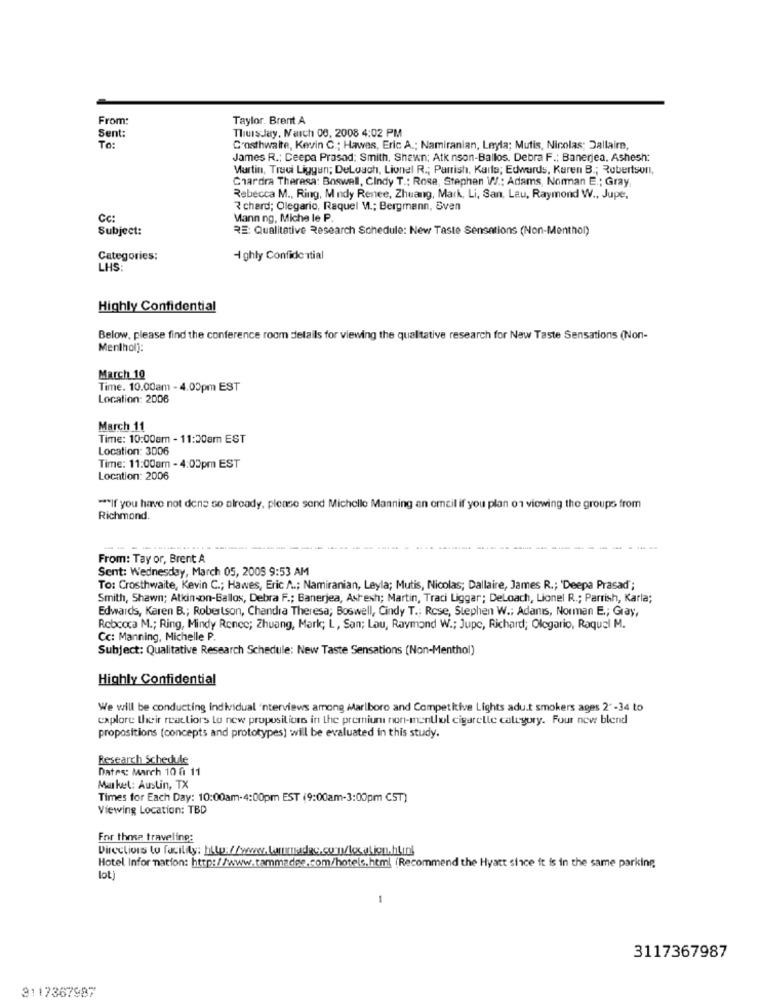
From
Taylor. Brent A
Sent:
Thursday, March 06, 2008 4:02 PM
To:
C'osthwaite, Kevin C .; Hawas, Eric A .; Namiranian, Leyla; Mutis, Nicolas; Dallaire,
James R .: Ceepa Prasad: Smith, Shawn; Atk nson-Ballos. Debra F .; Banerjea. Ashesh:
Martin, Truci Liggen; DeLouch, Lionel R .; Parrish, Karls; Edwards, Karen B .; Robertson,
Chardra Theresa: Boswell, Cindy T .: Rosa, Stephan W .: Adams, Norman E .; Gray,
Rebecca M ., Ring, Mindy Renee, Zhuang, Mark, Li, San, Lau, Raymond W ., Jupe,
₹ chard; Olegario, Raquel V .; Bergmann, Sven
Cc:
Mann ng, Miche le P.
Subject:
RE: Qualitative Research Schedule: New Taste Sensations (Non-Menthol)
Categories:
4 ghly Confidential
LHS:
Highly Confidential
Below, please find the conference room details for viewing the qualitative research for Naw Taste Sensations (Non-
Menthol]:
March 10
Time. 10.00am - 4.00pm EST
Location: 2006
March 11
Time: 10:00am - 11:30am EST
Location: 3006
Time: 11:00am - 4:03pm EST
Location: 2006
*** If you have not dens so already, please send Michelle Manning an omeil if you plan o1 viewing the groups from
Richmond.
From: Tay or, Brent A
Sent: Wednesday, March 05, 2008 9:53 AM
To: Crosthwaite, Kevin C .; Hawes, Eric A .; Namiranian, Leyla; Mutis, Nicolas; Dallaire, James R .; 'Deepa Prasad" ;
Smith, Shawn; Atkinson-Ballos, Debra F .; Banerjea, Ashexh; Martin, Traci Liggar; DeLoach, Lionel R .; Parrish, Karla;
Edwards, Karen B .; Robertson, Chandra Theresa; Boswell, Cindy T .; Rose, Stephen W .; Adans, Norman E .; Gray,
Rebecca M .; Ring, Mindy Renee; Zhuang, Mark; L, San; Lau, Raymond W .; Jupe, Richard; Olegario, Raquel M.
Cc: Manning, Michelle P.
Subject: Qualitative Research Schedule: New Taste Sensations (Non-Menthol)
Highly Confidential
We will be conducting individual 'interviews among Marlboro and Competitive Lights adu.t smokers ages 2" -34 to
explore their reactions to new propositions in the premium non-menthol cigarelle category. Four new blend
propositions (concepts and prototypes) will be evaluated in this study.
Research Schedule
Dates: March 10 @ 11
Market: Austin, TX
Times for Each Day: 10:00am-4:00pm EST (9:00am-3:00pm CST)
Viewing Location: TBD
For thee traveling:
Directions to facility: http://www.tammadec.com/location.hLin!
Hotel Infor nation: http://www.tammadee.com/hotels.html (Recommend the Hyatt since it is in the same parking
lot)
1
3117367987
3117367987